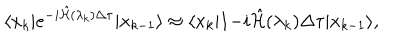
\langle x _ { k } | e ^ { - i \hat { { \cal H } } ( \lambda _ { k } ) \Delta \tau } | x _ { k - 1 } \rangle \approx \langle x _ { k } | 1 { - i \hat { { \cal H } } ( \lambda _ { k } ) \Delta \tau } | x _ { k - 1 } \rangle ,